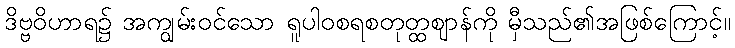
ဒိဗ္ဗဝိဟာရ၌ အကျွမ်းဝင်သော ရူပါဝစရစတုတ္ထဈာန်ကို မှီသည်၏အဖြစ်ကြောင့်။